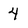
Character: 4